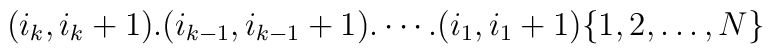
(i_k,i_k+1).(i_{k-1},i_{k-1}+1). \cdots .(i_1,i_1+1)\{1,2,\dots ,N\}